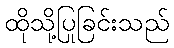
ထိုသို့ပြုခြင်းသည်